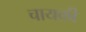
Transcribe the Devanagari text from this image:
चायकी